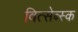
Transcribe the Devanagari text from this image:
वित्सेब्स्क